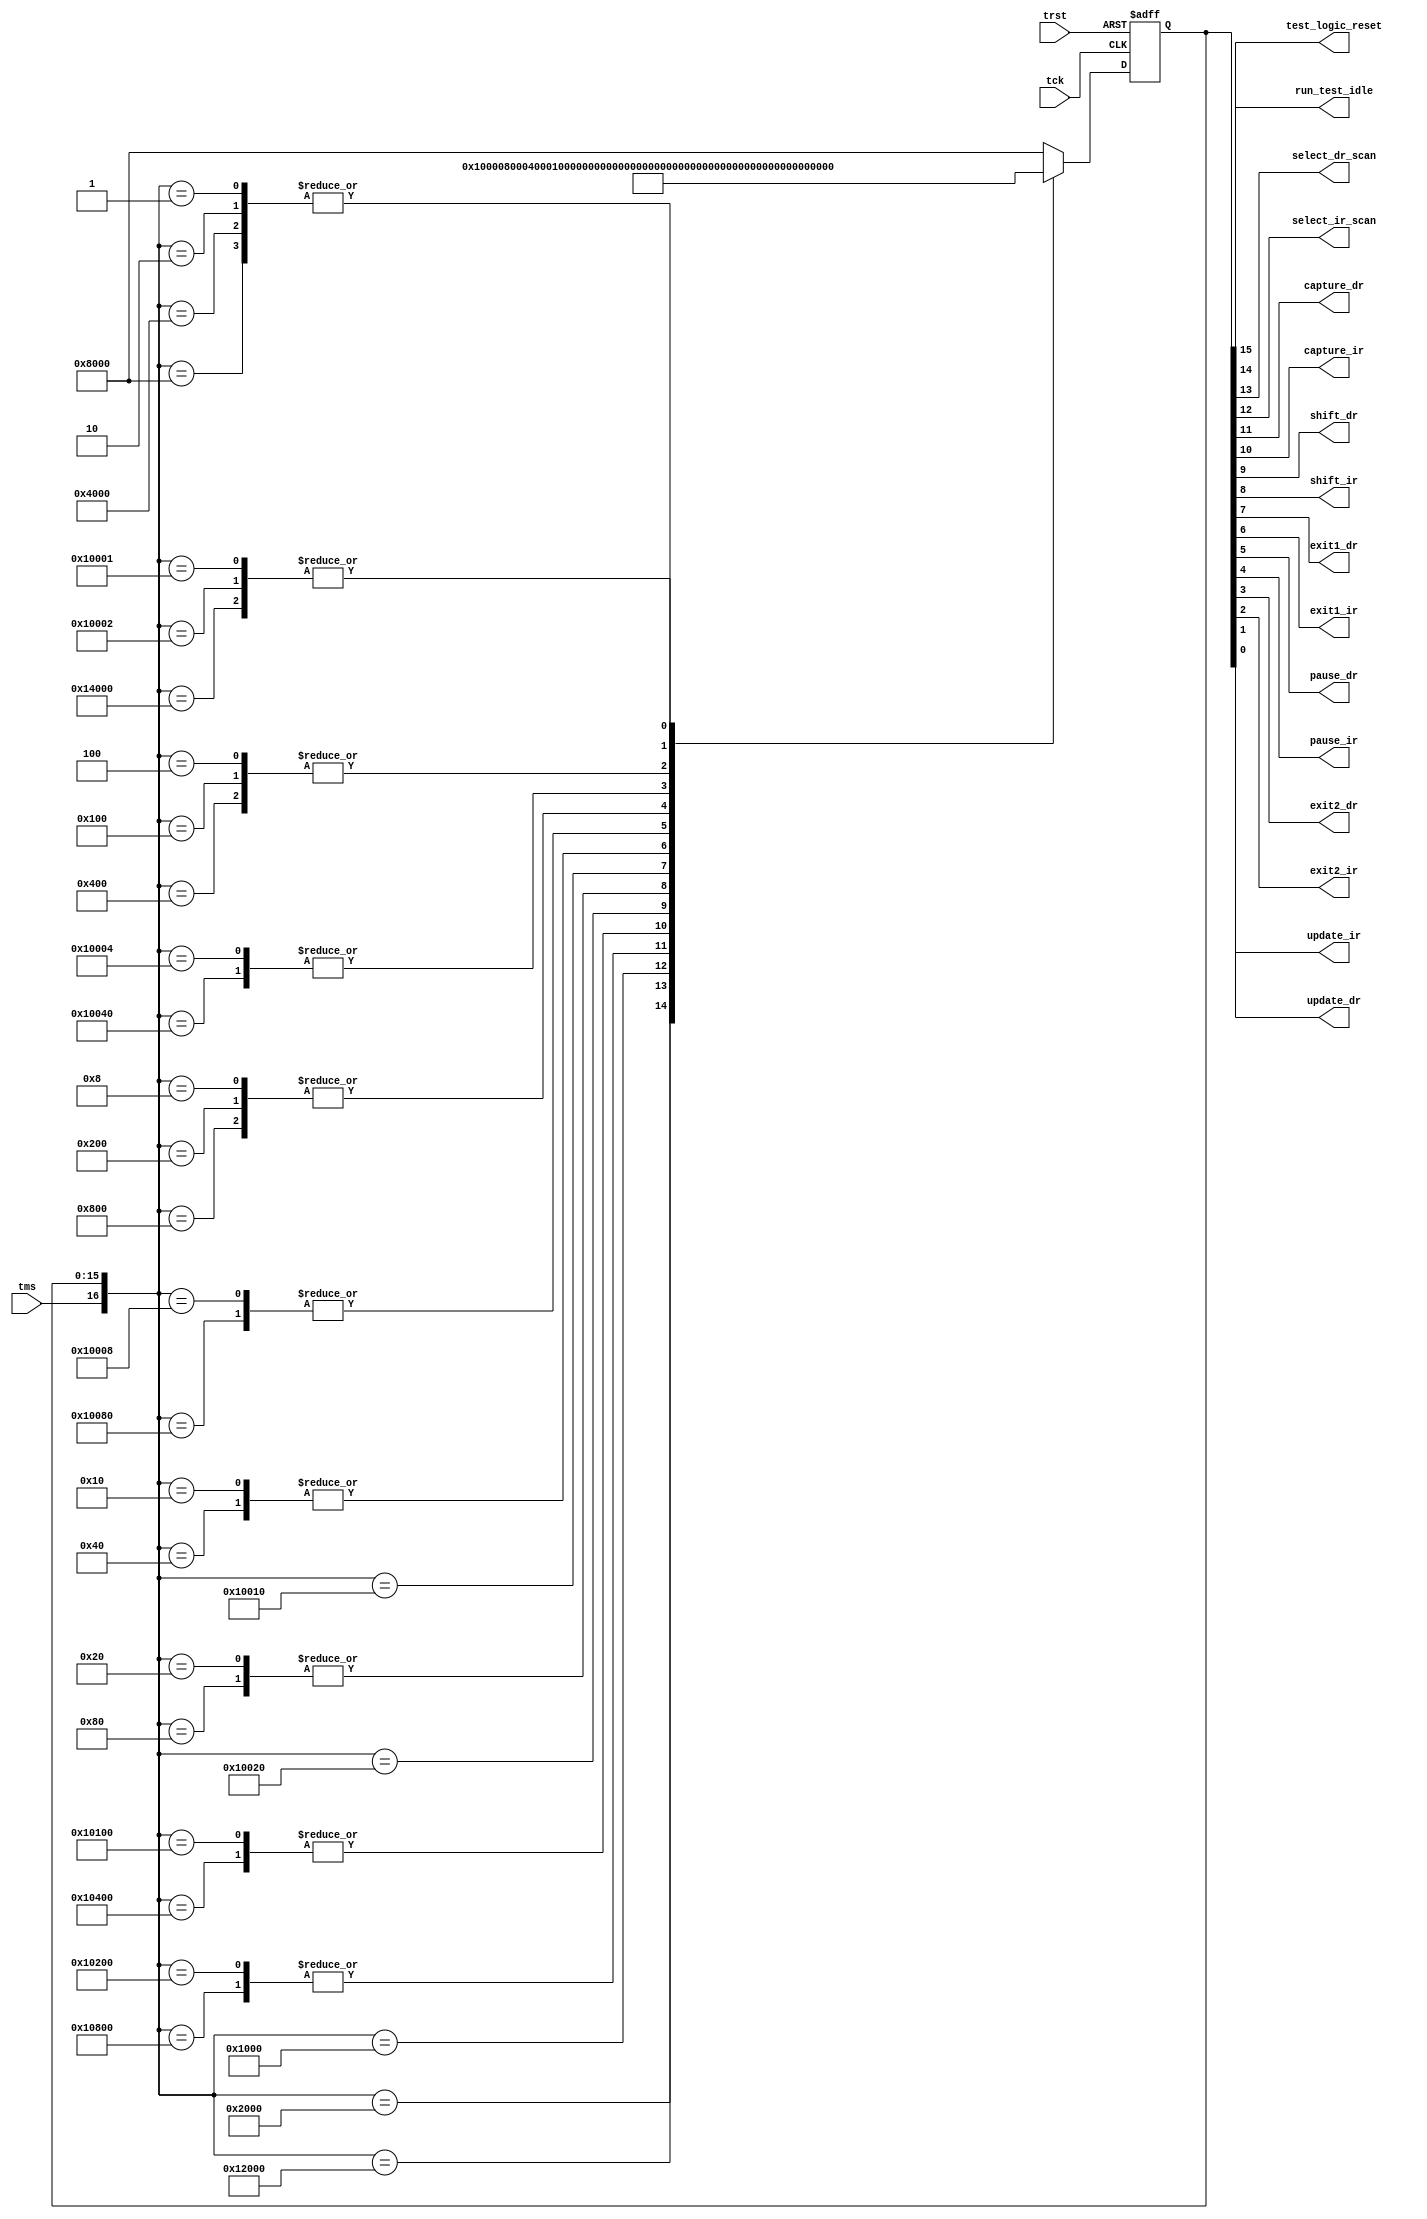
module jtag_tap_ctrl (
		input wire tms,      	// JTAG test mode select pad
		input wire tck,      	// JTAG test clock pad
		input wire trst,     	// JTAG test reset pad
		//input tdi,      	// JTAG test data input pad
		output wire test_logic_reset,// TAP STATES
		output wire run_test_idle,
		output wire select_dr_scan,
		output wire select_ir_scan,
		output wire capture_dr, 
		output wire capture_ir,
		output wire shift_dr,
		output wire shift_ir,
		output wire exit1_dr,
		output wire exit1_ir,
		output wire pause_dr,
		output wire pause_ir,
		output wire exit2_dr,
		output wire exit2_ir,
		output wire update_dr,
		output wire update_ir//,
		//output tdo_o			// TDO signal that is connected to TDI of sub-modules.
		);

parameter TEST_LOGIC_RESET_P 	= 16'b1000000000000000;
parameter RUN_TEST_IDLE_P 	= 16'b0100000000000000;
parameter SELECT_DR_SCAN_P 	= 16'b0010000000000000;
parameter SELECT_IR_SCAN_P 	= 16'b0001000000000000;
parameter CAPTURE_DR_P 		= 16'b0000100000000000;
parameter CAPTURE_IR_P 		= 16'b0000010000000000;
parameter SHIFT_DR_P 		= 16'b0000001000000000;
parameter SHIFT_IR_P 		= 16'b0000000100000000;
parameter EXIT1_DR_P 		= 16'b0000000010000000;
parameter EXIT1_IR_P 		= 16'b0000000001000000;
parameter PAUSE_DR_P 		= 16'b0000000000100000;
parameter PAUSE_IR_P 		= 16'b0000000000010000;
parameter EXIT2_DR_P 		= 16'b0000000000001000;
parameter EXIT2_IR_P 		= 16'b0000000000000100;
parameter UPDATE_DR_P 		= 16'b0000000000000010;
parameter UPDATE_IR_P 		= 16'b0000000000000001;

reg [15:0] current_state, next_state;

//assign tdo_o = tdi;
assign {test_logic_reset, run_test_idle, select_dr_scan, select_ir_scan, capture_dr, capture_ir, shift_dr, shift_ir, exit1_dr, exit1_ir, pause_dr, pause_ir, exit2_dr, exit2_ir, update_dr, update_ir} = current_state;

always @(*) begin
  casex({tms, current_state})
    {1'b0, TEST_LOGIC_RESET_P}:   	next_state = RUN_TEST_IDLE_P;
    {1'b1, TEST_LOGIC_RESET_P}:   	next_state = TEST_LOGIC_RESET_P;
    {1'b0, RUN_TEST_IDLE_P}:   	  	next_state = RUN_TEST_IDLE_P;
    {1'b1, RUN_TEST_IDLE_P}:   	  	next_state = SELECT_DR_SCAN_P;
    {1'b1, SELECT_DR_SCAN_P}:   	next_state = SELECT_IR_SCAN_P;
    {1'b0, SELECT_DR_SCAN_P}:   	next_state = CAPTURE_DR_P;
    {1'b0, SELECT_IR_SCAN_P}:   	next_state = CAPTURE_IR_P;
    {1'b1, SELECT_IR_SCAN_P}:   	next_state = TEST_LOGIC_RESET_P;
    {1'b0, CAPTURE_DR_P}:   		next_state = SHIFT_DR_P;
    {1'b1, CAPTURE_DR_P}:   		next_state = EXIT1_DR_P;
    {1'b0, CAPTURE_IR_P}:   		next_state = SHIFT_IR_P;
    {1'b1, CAPTURE_IR_P}:   		next_state = EXIT1_IR_P;
    {1'b1, SHIFT_DR_P}:   		next_state = EXIT1_DR_P;
    {1'b0, SHIFT_DR_P}:   		next_state = SHIFT_DR_P;
    {1'b1, SHIFT_IR_P}:   		next_state = EXIT1_IR_P;
    {1'b0, SHIFT_IR_P}:   		next_state = SHIFT_IR_P;
    {1'b0, EXIT1_DR_P}:   		next_state = PAUSE_DR_P;
    {1'b1, EXIT1_DR_P}:   		next_state = UPDATE_DR_P;
    {1'b0, EXIT1_IR_P}:   		next_state = PAUSE_IR_P;
    {1'b1, EXIT1_IR_P}:   		next_state = UPDATE_IR_P;
    {1'b1, PAUSE_DR_P}:   		next_state = EXIT2_DR_P;
    {1'b0, PAUSE_DR_P}:   		next_state = PAUSE_DR_P;
    {1'b1, PAUSE_IR_P}:   		next_state = EXIT2_IR_P;
    {1'b0, PAUSE_IR_P}:   		next_state = PAUSE_IR_P;
    {1'b1, EXIT2_DR_P}:   		next_state = UPDATE_DR_P;
    {1'b0, EXIT2_DR_P}:   		next_state = SHIFT_DR_P;
    {1'b1, EXIT2_IR_P}:   		next_state = UPDATE_IR_P;
    {1'b0, EXIT2_IR_P}:   		next_state = SHIFT_IR_P;
    {1'b1, UPDATE_DR_P}:  		next_state = SELECT_DR_SCAN_P;
    {1'b0, UPDATE_DR_P}:   		next_state = RUN_TEST_IDLE_P;
    {1'b1, UPDATE_IR_P}:   		next_state = SELECT_DR_SCAN_P;
    {1'b0, UPDATE_IR_P}:   		next_state = RUN_TEST_IDLE_P;
    default:  				next_state = TEST_LOGIC_RESET_P;
  endcase
end

always @(posedge tck or posedge trst ) begin
  if (trst  == 1'b1)
    current_state <= TEST_LOGIC_RESET_P;
  else 
    current_state <= next_state;
end

endmodule